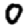
Digit: 0